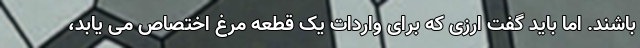
باشند. اما باید گفت ارزی که برای واردات یک قطعه مرغ اختصاص می یابد،